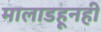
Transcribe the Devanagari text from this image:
मालाडहूनही